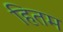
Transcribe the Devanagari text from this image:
हितम